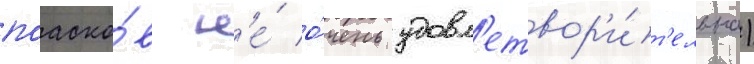
поаско́в н'е́ о́чень удовл'етвор'и́т'ельна)